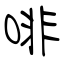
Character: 啡